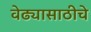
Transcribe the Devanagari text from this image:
वेढ्यासाठीचे